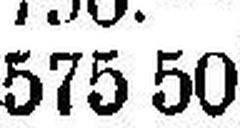
575 50